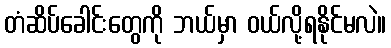
တံဆိပ်ခေါင်းတွေကို ဘယ်မှာ ဝယ်လို့ရနိုင်မလဲ။